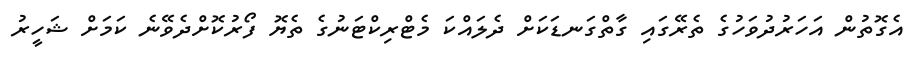
އެގޮތުން އަހަރުދުވަހުގެ ތެރޭގައި ގާތްގަނޑަކަށް ދެލައްކަ މެޓްރިކްޓަނުގެ ތެޔޮ ފޯރުކޮށްދެވޭނެ ކަމަށް ޝަހީރު